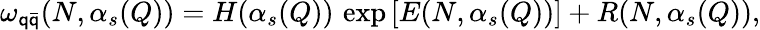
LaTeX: \omega_{\mathsf{q}\bar{{\mathsf{q}}}}(N,\alpha_{s}(Q))=H(\alpha_{s}(Q))\, \exp\left[E(N,\alpha_{s}(Q))\right]+R(N,\alpha_{s}(Q)),